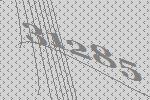
31285